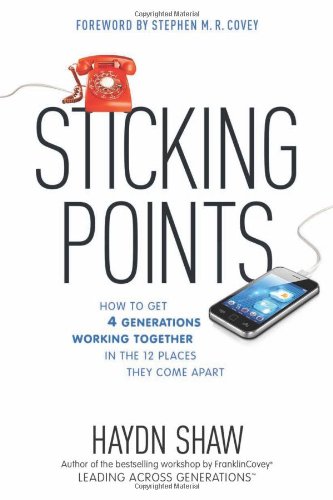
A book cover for Sticking Points: How to Get 4 Generations Working Together in the 12 Places They Come Apart; Haydn Shaw; Christian Books & Bibles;